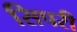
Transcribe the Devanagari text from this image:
सिपरी